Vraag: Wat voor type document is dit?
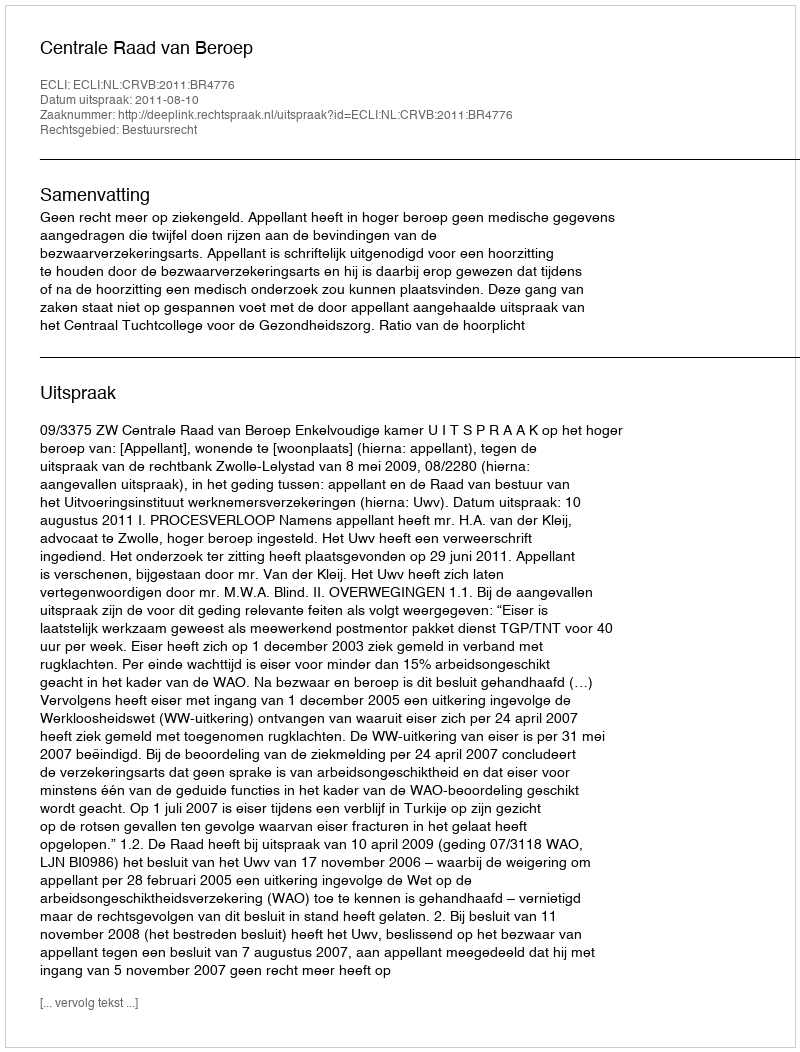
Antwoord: Uitspraak